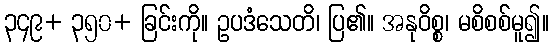
၃၄၉+ ၃၅၀+ ခြင်းကို။ ဥပဒံသေတိ၊ ပြ၏။ အနုဝိစ္စ၊ မစိစစ်မူ၍။